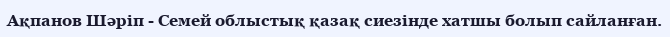
Ақпанов Шәріп - Семей облыстық қазақ сиезінде хатшы болып сайланған.